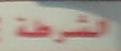
الش